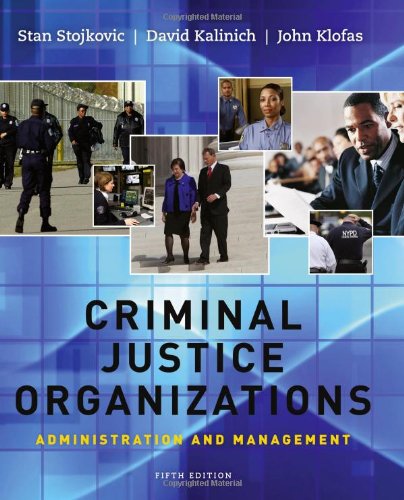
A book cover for Criminal Justice Organizations: Administration and Management; Stan Stojkovic; Law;